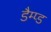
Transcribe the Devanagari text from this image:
डैम्प्ड